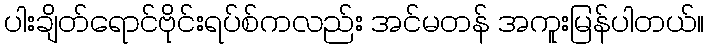
ပါးချိတ်ရောင်ဗိုင်းရပ်စ်ကလည်း အင်မတန် အကူးမြန်ပါတယ်။